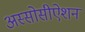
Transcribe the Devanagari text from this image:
अस्सोसीऐशन